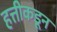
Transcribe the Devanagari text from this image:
हत्तीकडून